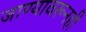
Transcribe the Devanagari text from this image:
जाण्यावरूनही